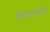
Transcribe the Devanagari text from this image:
फेममध्ये